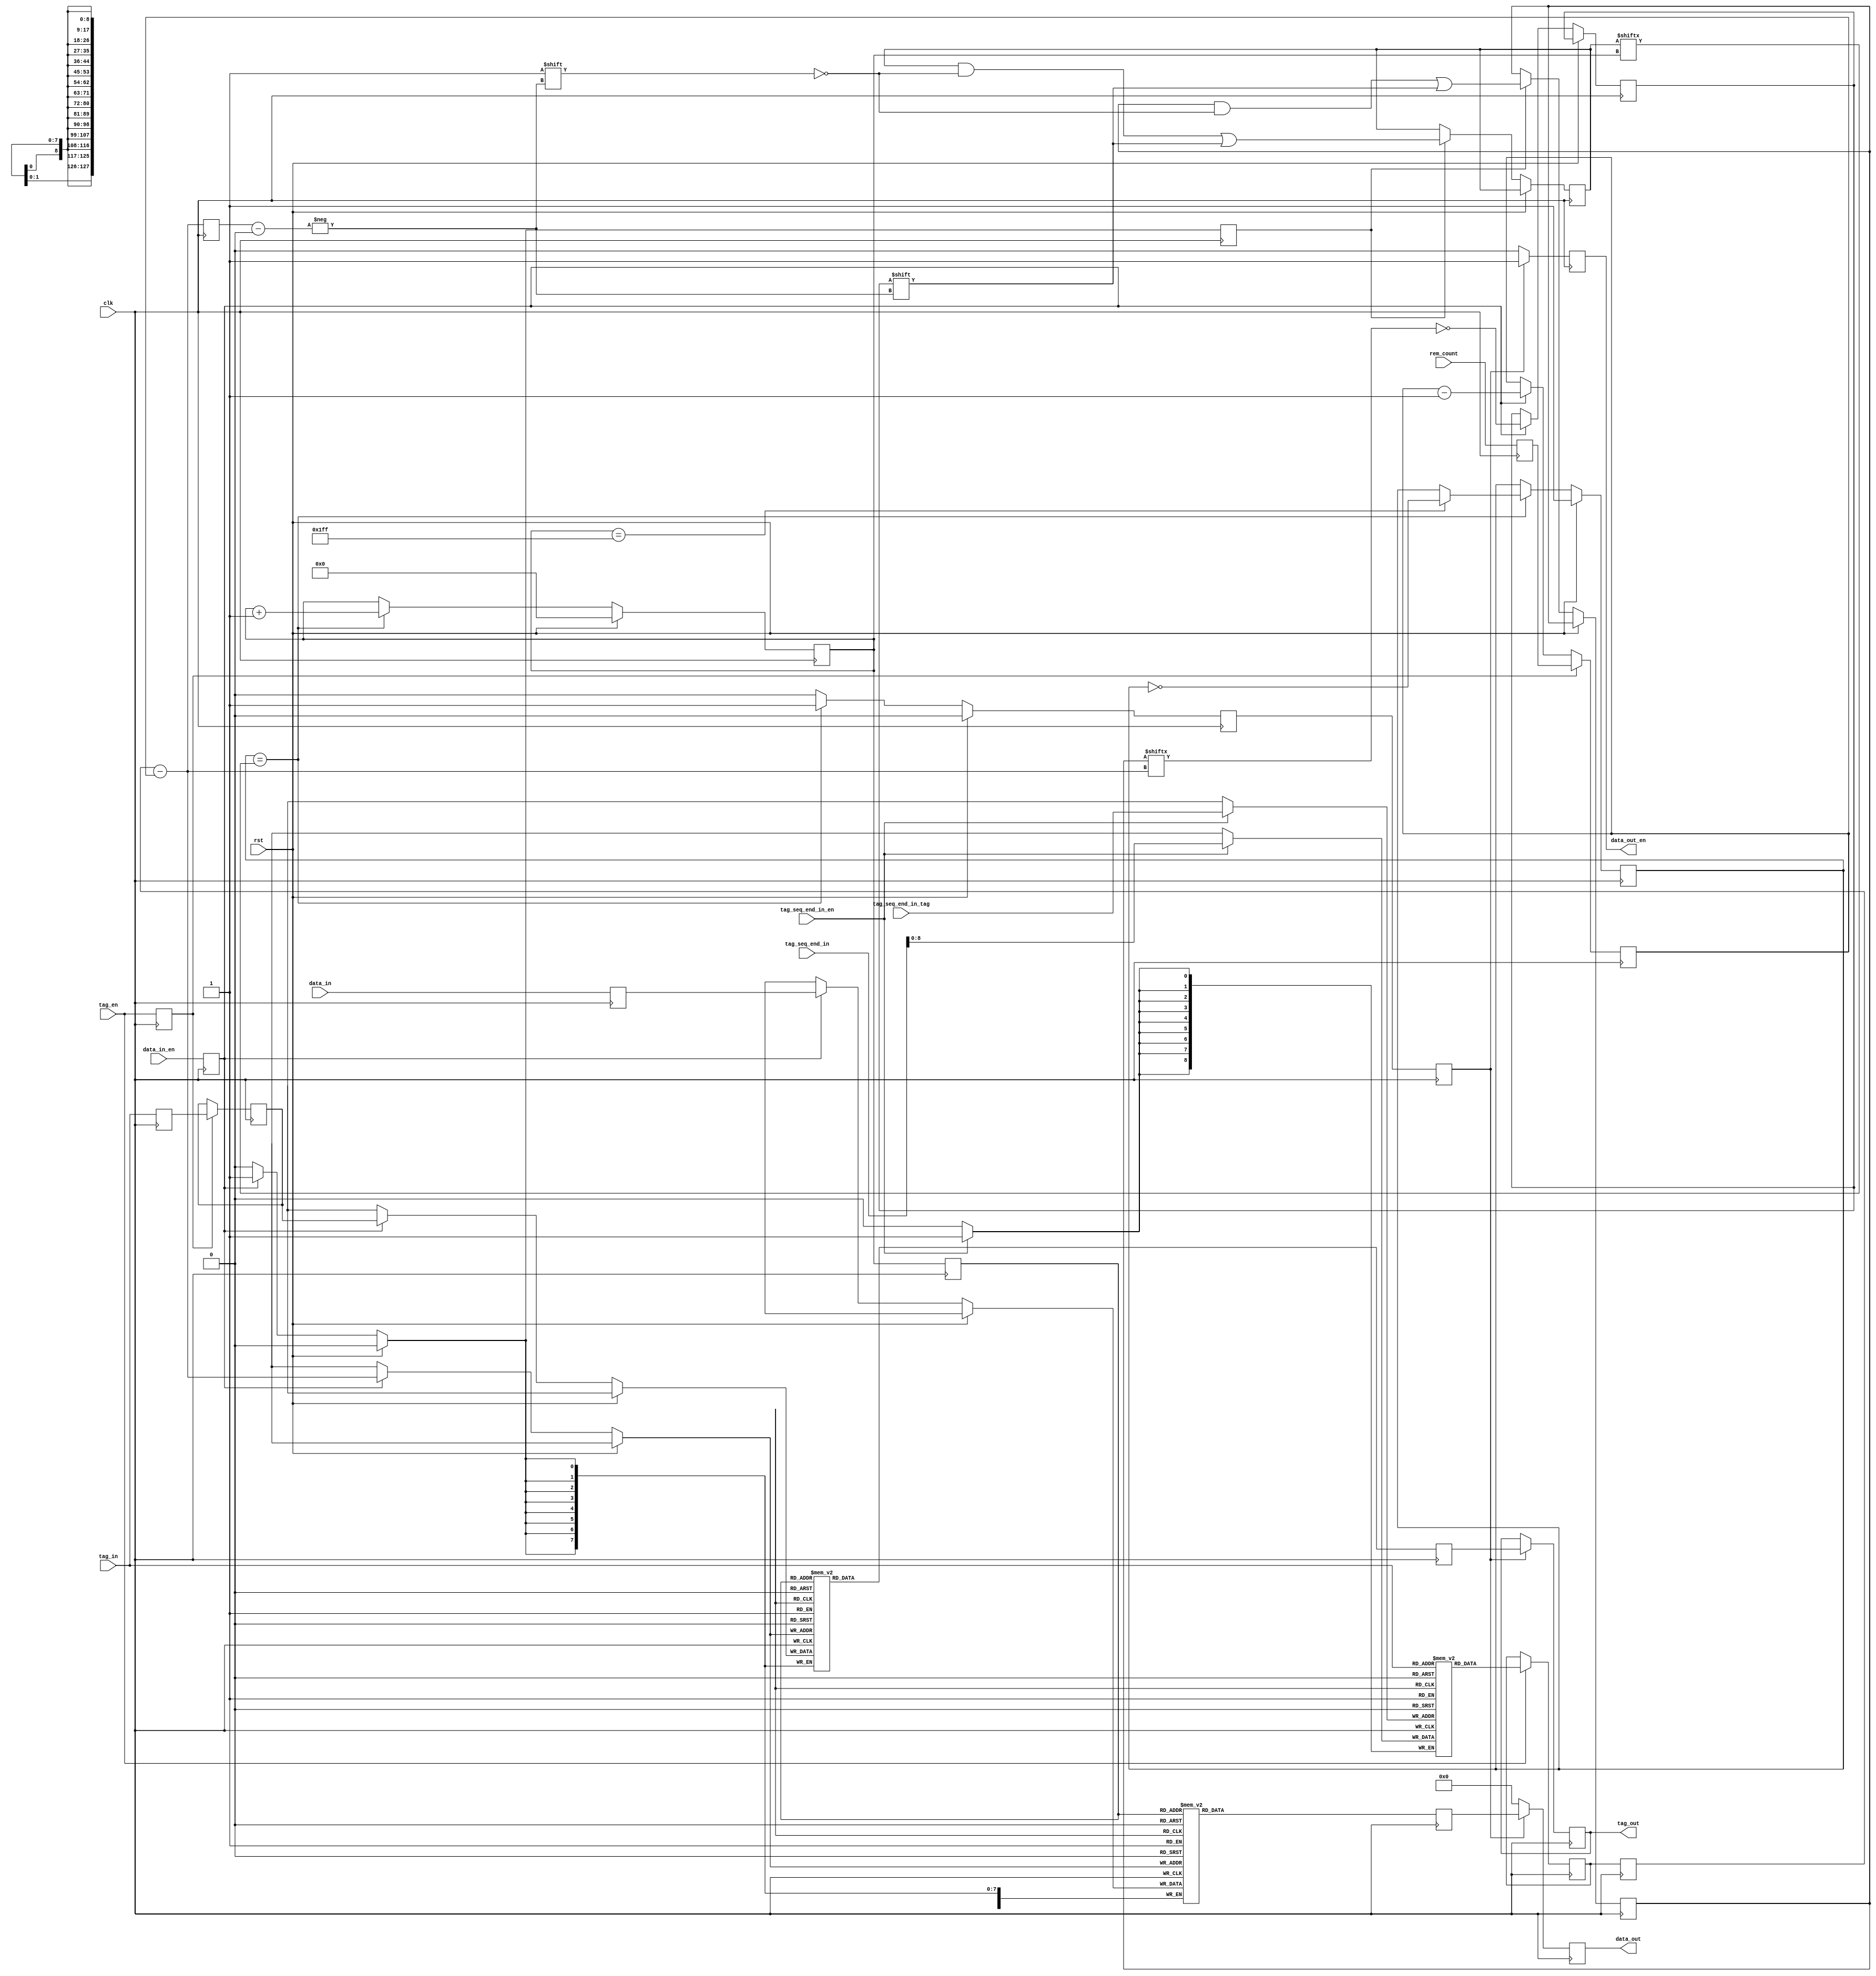
// Reorder.v
// Copyright 2012 Pico Computing, Inc.

// tag_en must be valid one cycle before the associated data_in_en.


module Reorder #(
    parameter       W = 128
)
(
    input           clk,
    input           rst,
    input [7:0]     tag_in,
    input           tag_en,
    input [7:0]     rem_count,
    input [W-1:0]   data_in,
    input           data_in_en,
    input           tag_seq_end_in_en,
    input [31:0]    tag_seq_end_in,
    input [7:0]     tag_seq_end_in_tag,
    output reg      data_out_en,
    output reg [W-1:0]   data_out,
    output reg [7:0]     tag_out
    );

    localparam BUF_SIZE = 512;
    localparam LOG_BUF_SIZE = 9;

    reg [7:0]   tag_arr [BUF_SIZE-1:0], cur_tag;

    // this is the data buffer itself.
    reg [W-1:0] data_arr [BUF_SIZE-1:0], cur_data;
    always @(posedge clk) begin
        
    end

    // this array stores the offsets of each tag into our data buffer.
    (* ram_style = "distributed" *) reg [LOG_BUF_SIZE-1:0]  tag_seq_end [255:0];
    always @(posedge clk) begin
        if (tag_seq_end_in_en)
            tag_seq_end[tag_seq_end_in_tag] <= tag_seq_end_in[LOG_BUF_SIZE-1:0]; // we don't need all the bits, just enough to index our buffer
    end

    reg [BUF_SIZE-1:0]      id_arr , id_arr_shadow = {BUF_SIZE{1'b0}};
    reg                     cur_id;
    reg [LOG_BUF_SIZE-1:0]  rd_addr, rd_addr_q;
    reg                     do_rd, do_rd_q;

    wire                    cur_id_valid = (cur_id == id_arr[rd_addr]);

    always @(posedge clk) begin
        do_rd   <= 0;
        data_out    <= {W{1'h0}};
        data_out_en <= 0;
        rd_addr_q   <= rd_addr;
        do_rd_q     <= do_rd;

        cur_data    <= data_arr[rd_addr_q];
        cur_tag     <= tag_arr[rd_addr_q];
        if (do_rd_q) begin
            data_out_en <= 1;
            data_out    <= cur_data;
            tag_out     <= cur_tag;
        end

        if (rst) begin
            rd_addr <= {LOG_BUF_SIZE{1'b0}};
            cur_id  <= 1'h1;
        end else begin
            if (cur_id_valid) begin
                rd_addr <= rd_addr + 1;
                // this seems heavy. really we could just add another bit to the top of rd_addr and use that as our cur_id
                // (but that makes rd_addr less obvious.)
                if (rd_addr == (BUF_SIZE-1))
                    cur_id  <= ~cur_id;
                do_rd   <= 1;
            end
        end
    end

    reg [7:0]               wr_offset;
    reg [7:0]               tag_latch;
    reg [LOG_BUF_SIZE-1:0]  tse_1, tse_1_p;
    reg [W-1:0]             data_in_1;
    reg                     data_in_en_1;
    reg                     do_wr;
    reg                     wr_data;
    reg [LOG_BUF_SIZE-1:0]  wr_addr_q;
    reg                     tag_en_1    = 0;
    reg [7:0]               rem_count_1 = 0;
    reg [7:0]               tag_in_1    = 0;

    wire [LOG_BUF_SIZE-1:0] wr_addr = tse_1 - wr_offset;
    wire shadow_id = ~id_arr_shadow[wr_addr];

    always @(posedge clk) begin
        // first clock cycle on tag_en
        tse_1 <= tse_1_p;
        if (tag_en) begin
            tse_1_p       <= tag_seq_end[tag_in];
        end
        tag_in_1        <= tag_in;
        tag_en_1        <= tag_en;
        rem_count_1     <= rem_count;
        if (tag_en_1) begin
            wr_offset   <= rem_count_1;
            tag_latch   <= tag_in_1;
        end else if (data_in_en_1) begin
            wr_offset   <= wr_offset - 1;
        end
        data_in_1   <= data_in;
        data_in_en_1<= data_in_en;
        do_wr <= 0;
        wr_addr_q <= wr_addr;
        if (rst) begin
            
        end else begin
            if (data_in_en_1) begin
                //$display("reordering data with tag 0x%x at addr 0x%x, id: 0x%x", tag_latch, wr_addr, ~id_arr_shadow[wr_addr]);
                //$display("tse_1: 0x%x, wr_offset: 0x%x", tse_1, wr_offset);
                // the tag will show up a cycle late, because we need to register it.
                do_wr <= 1;
                wr_data <= shadow_id;
                data_arr[wr_addr]       <= data_in_1;
                tag_arr[wr_addr]        <= tag_latch;
            end
            if (do_wr) begin
                id_arr[wr_addr_q]         <= wr_data;
                id_arr_shadow[wr_addr_q]  <= wr_data;
            end
        end
    end

endmodule